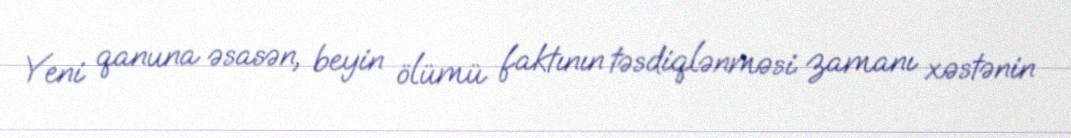
Yeni qanuna əsasən, beyin ölümü faktının təsdiqlənməsi zamanı xəstənin